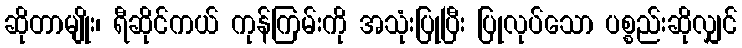
ဆိုတာမျိုး၊ ရီဆိုင်ကယ် ကုန်ကြမ်းကို အသုံးပြုပြီး ပြုလုပ်သော ပစ္စည်းဆိုလျှင်